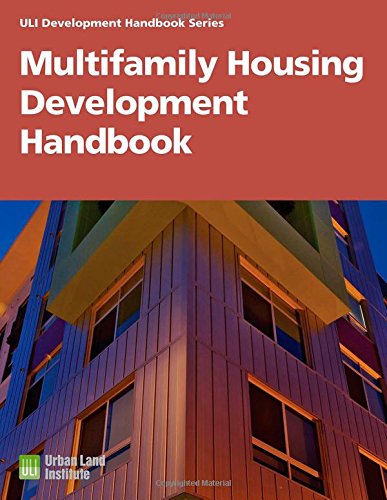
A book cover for Multifamily Housing Development Handbook (Development Handbook series); Adrienne Schmitz; Arts & Photography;